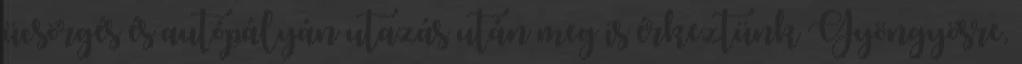
ücsörgés és autópályán utazás után meg is érkeztünk Gyöngyösre,